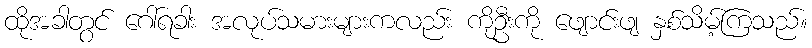
ထိုအခါတွင် ဂေါ်ရခါး အလုပ်သမားများကလည်း ကိုဦးကို ဖျောင်းဖျ နှစ်သိမ့်ကြသည်။